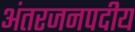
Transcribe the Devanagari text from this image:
अंतरजनपदीय